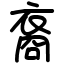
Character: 裔